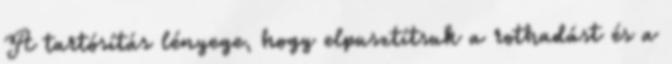
A tartósítás lényege, hogy elpusztítsuk a rothadást és a